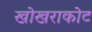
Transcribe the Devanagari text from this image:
खोखराकोट